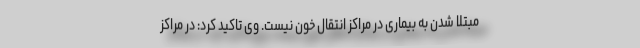
مبتلا شدن به بیماری در مراکز انتقال خون نیست. وی تاکید کرد: در مراکز